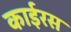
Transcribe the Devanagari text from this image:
काईरस